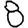
Digit: 8